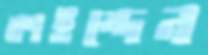
কাইন্দেন